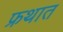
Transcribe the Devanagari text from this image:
फ्रथात